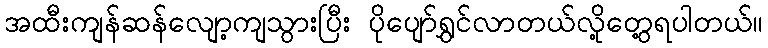
အထီးကျန်ဆန်လျော့ကျသွားပြီး ပိုပျော်ရွှင်လာတယ်လို့တွေ့ရပါတယ်။